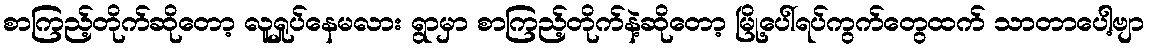
စာကြည့်တိုက်ဆိုတော့ လူရှုပ်နေမလား ရွာမှာ စာကြည့်တိုက်နဲ့ဆိုတော့ မြို့ပေါ်ရပ်ကွက်တွေထက် သာတာပေါ့ဗျာ